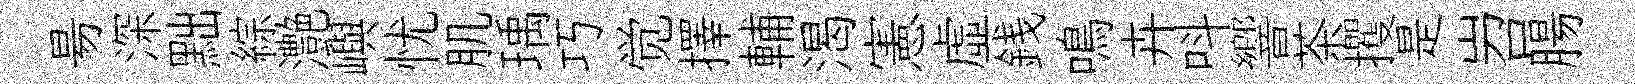
昜深黜綜灔嶼忧肌瑀巧觉擇輔渴憲虛銭鳴卉呌響茶攫是岧腸